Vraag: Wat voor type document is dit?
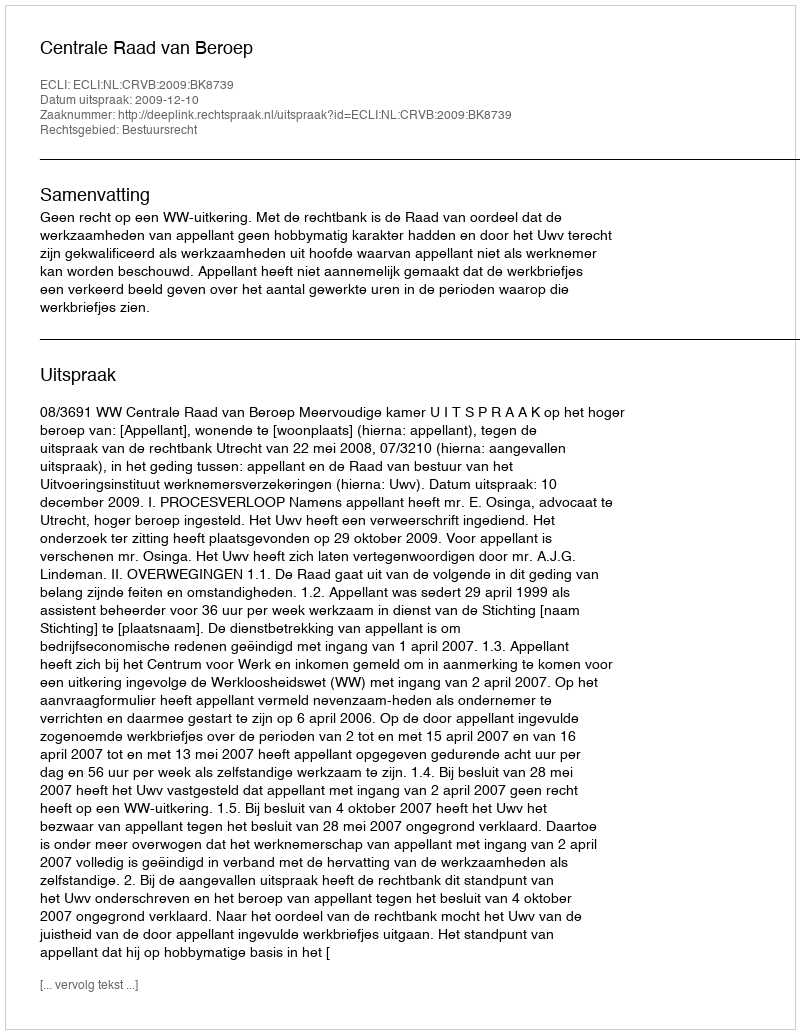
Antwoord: Uitspraak